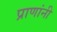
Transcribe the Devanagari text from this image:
प्राणांनी